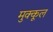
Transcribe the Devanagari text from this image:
मुक्कूल